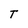
Character: T